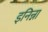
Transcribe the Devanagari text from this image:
इनिन्ना